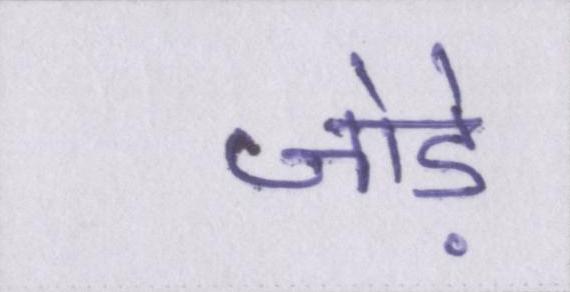
जोड़े